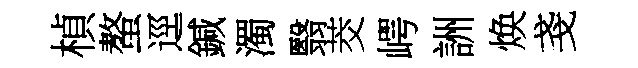
楨螯逕鍼濁翳茭崿詶焕戔